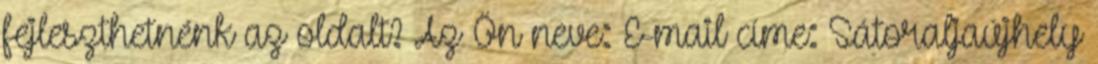
fejleszthetnénk az oldalt? Az Ön neve: E-mail címe: Sátoraljaújhely